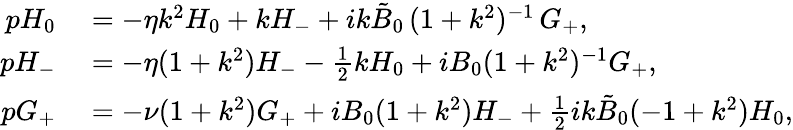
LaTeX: \begin{array}{rl}{pH_{0}}&{{}=-\eta k^{2}H_{0}+kH_{-}+ik\tilde{B}_{0}\, (1+k^{2})^{-1}\, G_{+},}\\ {pH_{-}}&{{}=-\eta(1+k^{2})H_{-}-\frac{1}{2}kH_{0}+iB_{0}(1+k^{2})^{-1}G_{+},}\\ {pG_{+}}&{{}=-\nu(1+k^{2})G_{+}+iB_{0}(1+k^{2})H_{-}+\frac{1}{2}{ik\tilde{B}_{0}}(-1+k^{2})H_{0},}\end{array}